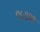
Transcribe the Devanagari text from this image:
९५१२१